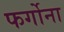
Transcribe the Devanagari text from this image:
फर्गोना